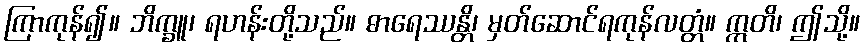
ကြာကုန်၍။ ဘိက္ခူ၊ ရဟန်းတို့သည်။ ဓာရေဿန္တိ၊ မှတ်ဆောင်ရကုန်လတ္တံ။ ဣတိ၊ ဤသို့။